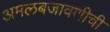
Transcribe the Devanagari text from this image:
अमलबजावणीची